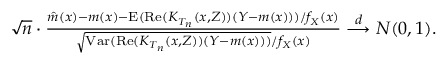
\begin{array} { r } { \sqrt { n } \cdot \frac { \hat { m } ( x ) - m ( x ) - \mathrm { E } ( \mathrm { R e } ( K _ { T _ { n } } ( x , Z ) ) ( Y - m ( x ) ) ) / f _ { X } ( x ) } { \sqrt { \mathrm { V a r } ( \mathrm { R e } ( K _ { T _ { n } } ( x , Z ) ) ( Y - m ( x ) ) ) } / f _ { X } ( x ) } \overset { d } { \longrightarrow } N ( 0 , 1 ) . } \end{array}